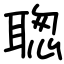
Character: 聦